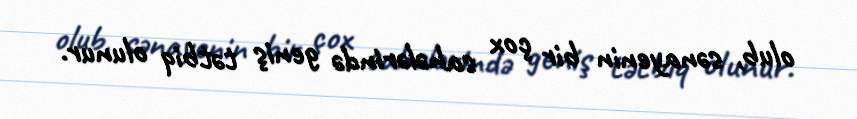
olub, sənayenin bir çox sahələrində geniş tətbiq olunur.